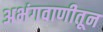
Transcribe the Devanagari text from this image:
अभंगवाणीतून